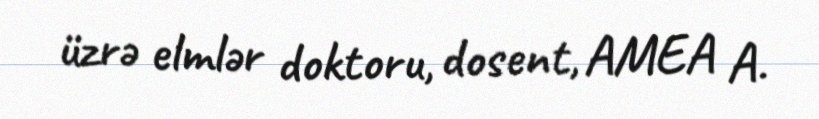
üzrə elmlər doktoru, dosent, AMEA A.